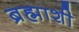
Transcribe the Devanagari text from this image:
ब्रह्माशी